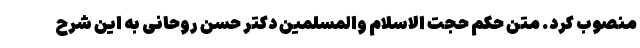
منصوب کرد. متن حکم حجت الاسلام والمسلمین دکتر حسن روحانی به این شرح